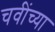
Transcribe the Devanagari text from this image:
चवींच्या